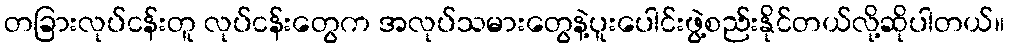
တခြားလုပ်ငန်းတူ လုပ်ငန်းတွေက အလုပ်သမားတွေနဲ့ပူးပေါင်းဖွဲ့စည်းနိုင်တယ်လို့ဆိုပါတယ်။